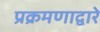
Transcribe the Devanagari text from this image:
प्रक्रमणाद्वारे